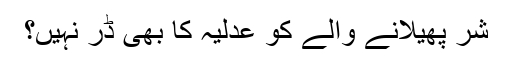
شر پھیلانے والے کو عدلیہ کا بھی ڈر نہیں؟